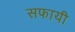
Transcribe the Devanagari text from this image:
सफायी